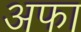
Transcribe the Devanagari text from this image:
अफा